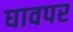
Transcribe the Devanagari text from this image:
घावपर